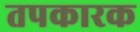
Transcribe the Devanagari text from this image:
तपकारक